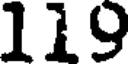
119